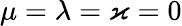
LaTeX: \mu=\lambda=\varkappa=0